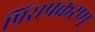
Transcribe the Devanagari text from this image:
पिरापकरण